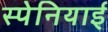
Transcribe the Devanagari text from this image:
स्‍पेनियाई